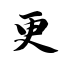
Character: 更